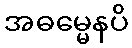
အဓမ္မေနပိ